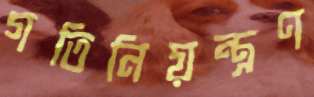
গতিনিয়ন্ত্রণ